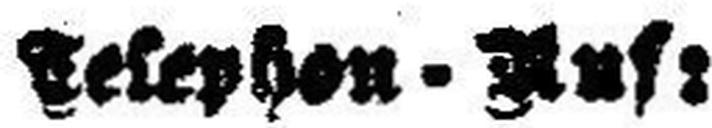
Telephon - Auf: